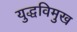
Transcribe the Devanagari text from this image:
युद्धविमुख